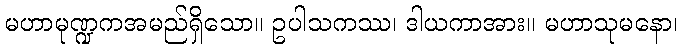
မဟာမုဏ္ဍကအမည်ရှိသော။ ဥပါသကဿ၊ ဒါယကာအား။ မဟာသုမနော၊